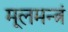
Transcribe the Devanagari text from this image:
मूलमन्त्रं